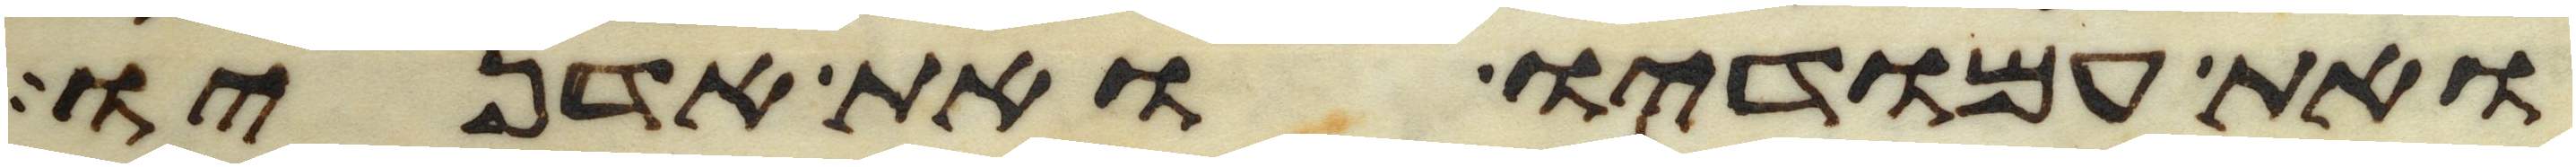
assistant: ואת עמודיו ואת אדניו